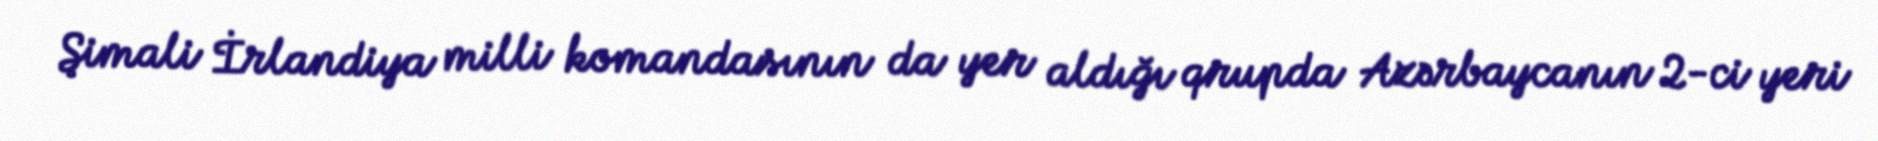
Şimali İrlandiya milli komandasının da yer aldığı qrupda Azərbaycanın 2-ci yeri